Vaccine operations Central Provinces 1900-1911 - 1900-1911
Year: 1900
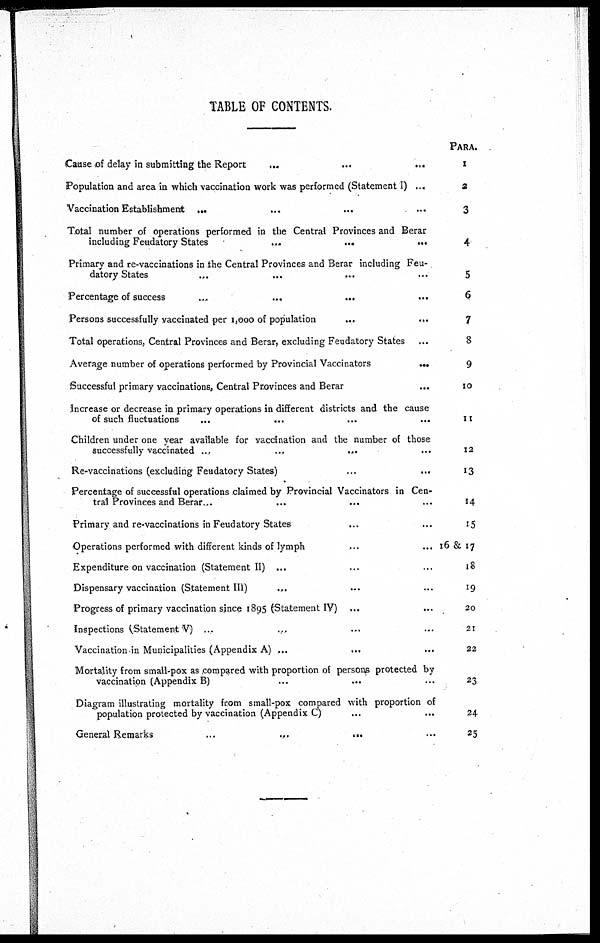
TABLE OF CONTENTS.
Cause of delay in submitting the Report
...
...
...
Population and area in which vaccination work was performed (Statement I) ...
Vaccination Establishment ...
...
...
...
Total number of operations performed in the Central Provinces and Berar
including Feudatory States
...
...
...
Primary and re-vaccinations in the Central Provinces and Berar including Feu-
datory States
...
...
... ...
Percentage of success
...
...
...
...
Persons successfully vaccinated per 1,000 of population
...
...
Total operations, Central Provinces and Berar, excluding Feudatory States ...
Average number of operations performed by Provincial Vaccinators
...
Successful primary vaccinations Central Provinces and Berar ...
Increase or decrease in primary operations in different districts and the cause
of such fluctuations
...
...
...
...
Children under one year available for vaccination and the number of those
successfully vaccinated ...
...
...
...
Re-vaccinations (excluding Feudatory States)
...
...
Percentage of successful operations claimed by Provincial Vaccinators in Cen-
tral Provinces and Berar...
... ...
Primary and re-vaccinations in Feudatory States ... ...
Operations performed with different kinds of lymph ... ...
Expenditure on vaccination (Statement II) ... ... ...
Dispensary vaccination (Statement III)
... ... ...
Progress of primary vaccination since 1895 (Statement IV) ... ... ...
inspections (Statement V) ...
...
... ...
Vaccination in Municipalities (Appendix A) ...
...
...
Mortality from small-pox as compared with proportion of persons protected by
vaccination (Appendix B) ... ... ...
Diagram illustrating mortality from small-pox compared with proportion of
population protected by vaccination (Appendix C)
...
...
General Remarks
...
...
... ...
PARA.
1
3
4
5
6
7
8
9
10
11
12
13
14
15
16 & 17
18
19
20
21
22
23
24
25